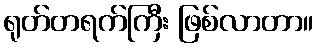
ရုတ်တရက်ကြီး ဖြစ်လာတာ။